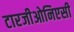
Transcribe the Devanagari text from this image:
टारजीओनिएसी